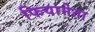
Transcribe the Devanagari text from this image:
फियामेता